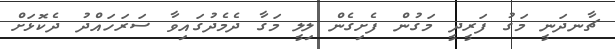
ޗާނދަނީ މަގު ފަރީދީ މަގުން ފެށިގެން ލިލީ މަގާ ދެމެދުގައިވާ ސަރަހައްދު ދެކޮޅަށް